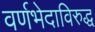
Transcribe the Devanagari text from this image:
वर्णभेदाविरुद्ध